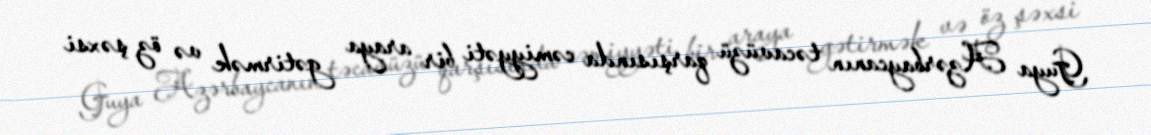
Guya Azərbaycanın təcavüzü qarşısında cəmiyyəti bir araya gətirmək və öz şəxsi